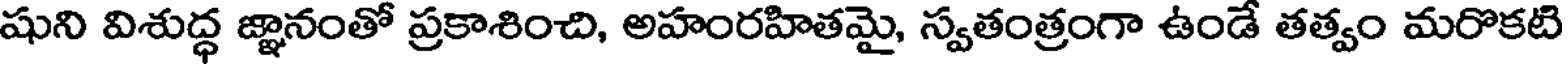
షుని విశుద్ధ జ్ఞానంతో ప్రకాశించి, అహంరహితమై, స్వతంత్రంగా ఉండే తత్వం మరొకటి